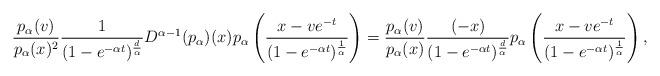
LaTeX: \begin{align*}\dfrac{p_\alpha(v)}{p_{\alpha}(x)^2} \dfrac{1}{(1-e^{-\alpha t})^{\frac{d}{\alpha}}} D^{\alpha-1}(p_\alpha)(x)p_\alpha\left( \dfrac{x-ve^{-t}}{(1- e^{-\alpha t})^{\frac{1}{\alpha}}}\right) = \dfrac{p_\alpha(v)}{p_{\alpha}(x)} \dfrac{(-x)}{(1-e^{-\alpha t})^{\frac{d}{\alpha}}} p_\alpha\left( \dfrac{x-ve^{-t}}{(1- e^{-\alpha t})^{\frac{1}{\alpha}}}\right),\end{align*}